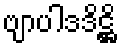
ဗျာပါဒဒိဋ္ဌိ